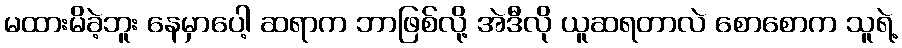
မထားမိခဲ့ဘူး နေမှာပေါ့ ဆရာက ဘာဖြစ်လို့ အဲဒီလို ယူဆရတာလဲ စောစောက သူရဲ့